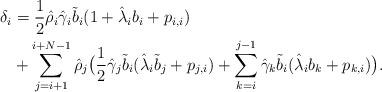
LaTeX: \begin{align*}\delta_i&={1 \over 2} \hat{\rho}_i \hat{\gamma}_i \tilde{b}_i ( 1 + \hat{\lambda}_i b_i + p_{i,i})\\&+\sum_{j=i+1}^{i+N-1} \hat{\rho}_j\big({1 \over 2} \hat{\gamma}_j \tilde{b}_i(\hat{\lambda}_i \tilde{b}_j + p_{j,i})+\sum_{k=i}^{j-1} \hat{\gamma}_k \tilde{b}_i ( \hat{\lambda}_i b_k + p_{k,i})\big).\end{align*}